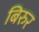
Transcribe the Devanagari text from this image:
बिरुर